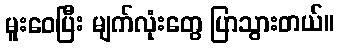
မူးဝေပြီး မျက်လုံးတွေ ပြာသွားတယ်။